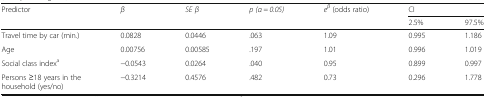
<table><thead><tr><td rowspan="2"><b>Predictor</b></td><td rowspan="2"><b><i>β</i></b></td><td rowspan="2"><b><i>SE β</i></b></td><td rowspan="2"><b><i>p (α = 0.05)</i></b></td><td rowspan="2"><b><i>e</i><sup><i>β</i></sup> (odds ratio)</b></td><td colspan="2"><b>CI</b></td></tr><tr><td><b>2.5%</b></td><td><b>97.5%</b></td></tr></thead><tbody><tr><td>Travel time by car (min.)</td><td>0.0828</td><td>0.0446</td><td>.063</td><td>1.09</td><td>0.995</td><td>1.186</td></tr><tr><td>Age</td><td>0.00756</td><td>0.00585</td><td>.197</td><td>1.01</td><td>0.996</td><td>1.019</td></tr><tr><td>Social class index<sup>a</sup></td><td>−0.0543</td><td>0.0264</td><td>.040</td><td>0.95</td><td>0.899</td><td>0.997</td></tr><tr><td>Persons ≥18 years in the household (yes/no)</td><td>−0.3214</td><td>0.4576</td><td>.482</td><td>0.73</td><td>0.296</td><td>1.778</td></tr></tbody></table>